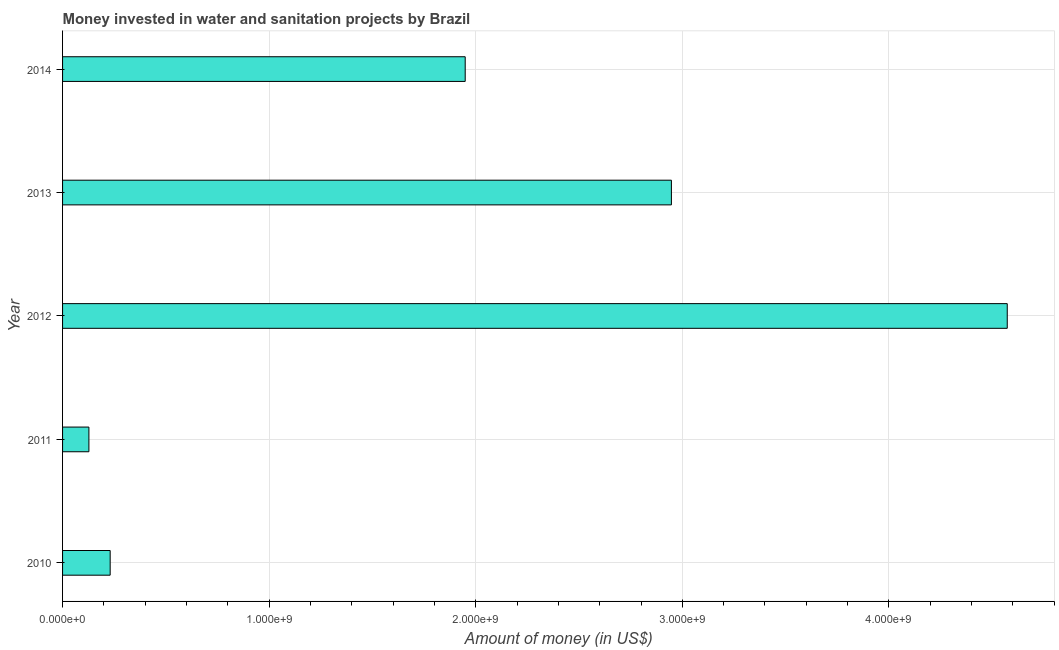
| Year | Investment |
 | --- | --- |
 | 2010 | 2.3e+08 |
 | 2011 | 1.28e+08 |
 | 2012 | 4.57e+09 |
 | 2013 | 2.95e+09 |
 | 2014 | 1.95e+09 |